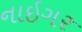
નાઇગર